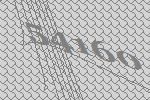
54160